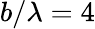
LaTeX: b/\lambda=4